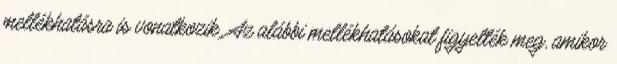
mellékhatásra is vonatkozik. Az alábbi mellékhatásokat figyelték meg, amikor